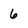
Character: 6